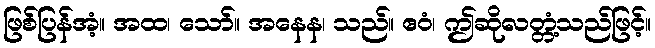
ဖြစ်ပြန်အံ့။ အထ၊ သော်။ အနေန၊ သည်။ ဧဝံ၊ ဤဆိုလတ္တံ့သည်ဖြင့်။